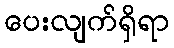
ပေးလျက်ရှိရာ